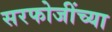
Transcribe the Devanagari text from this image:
सरफोजींच्या